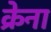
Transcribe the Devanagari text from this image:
क्रेना